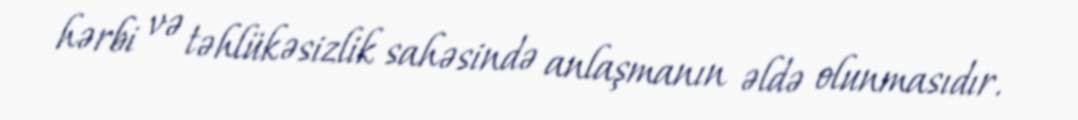
hərbi və təhlükəsizlik sahəsində anlaşmanın əldə olunmasıdır.